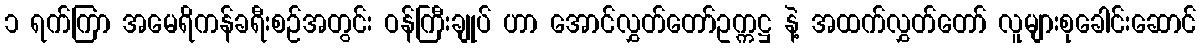
၁ ရက်ကြာ အမေရိကန်ခရီးစဉ်အတွင်း ဝန်ကြီးချုပ် ဟာ အောင်လွှတ်တော်ဥက္ကဋ္ဌ နဲ့ အထက်လွှတ်တော် လူများစုခေါင်းဆောင်